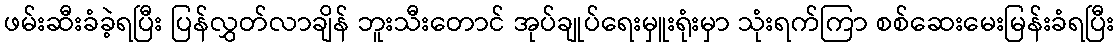
ဖမ်းဆီးခံခဲ့ရပြီး ပြန်လွှတ်လာချိန် ဘူးသီးတောင် အုပ်ချုပ်ရေးမှူးရုံးမှာ သုံးရက်ကြာ စစ်ဆေးမေးမြန်းခံရပြီး